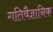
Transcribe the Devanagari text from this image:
गतिवैज्ञानिक